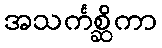
အသင်္ကစ္ဆိကာ